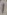
Text: 1